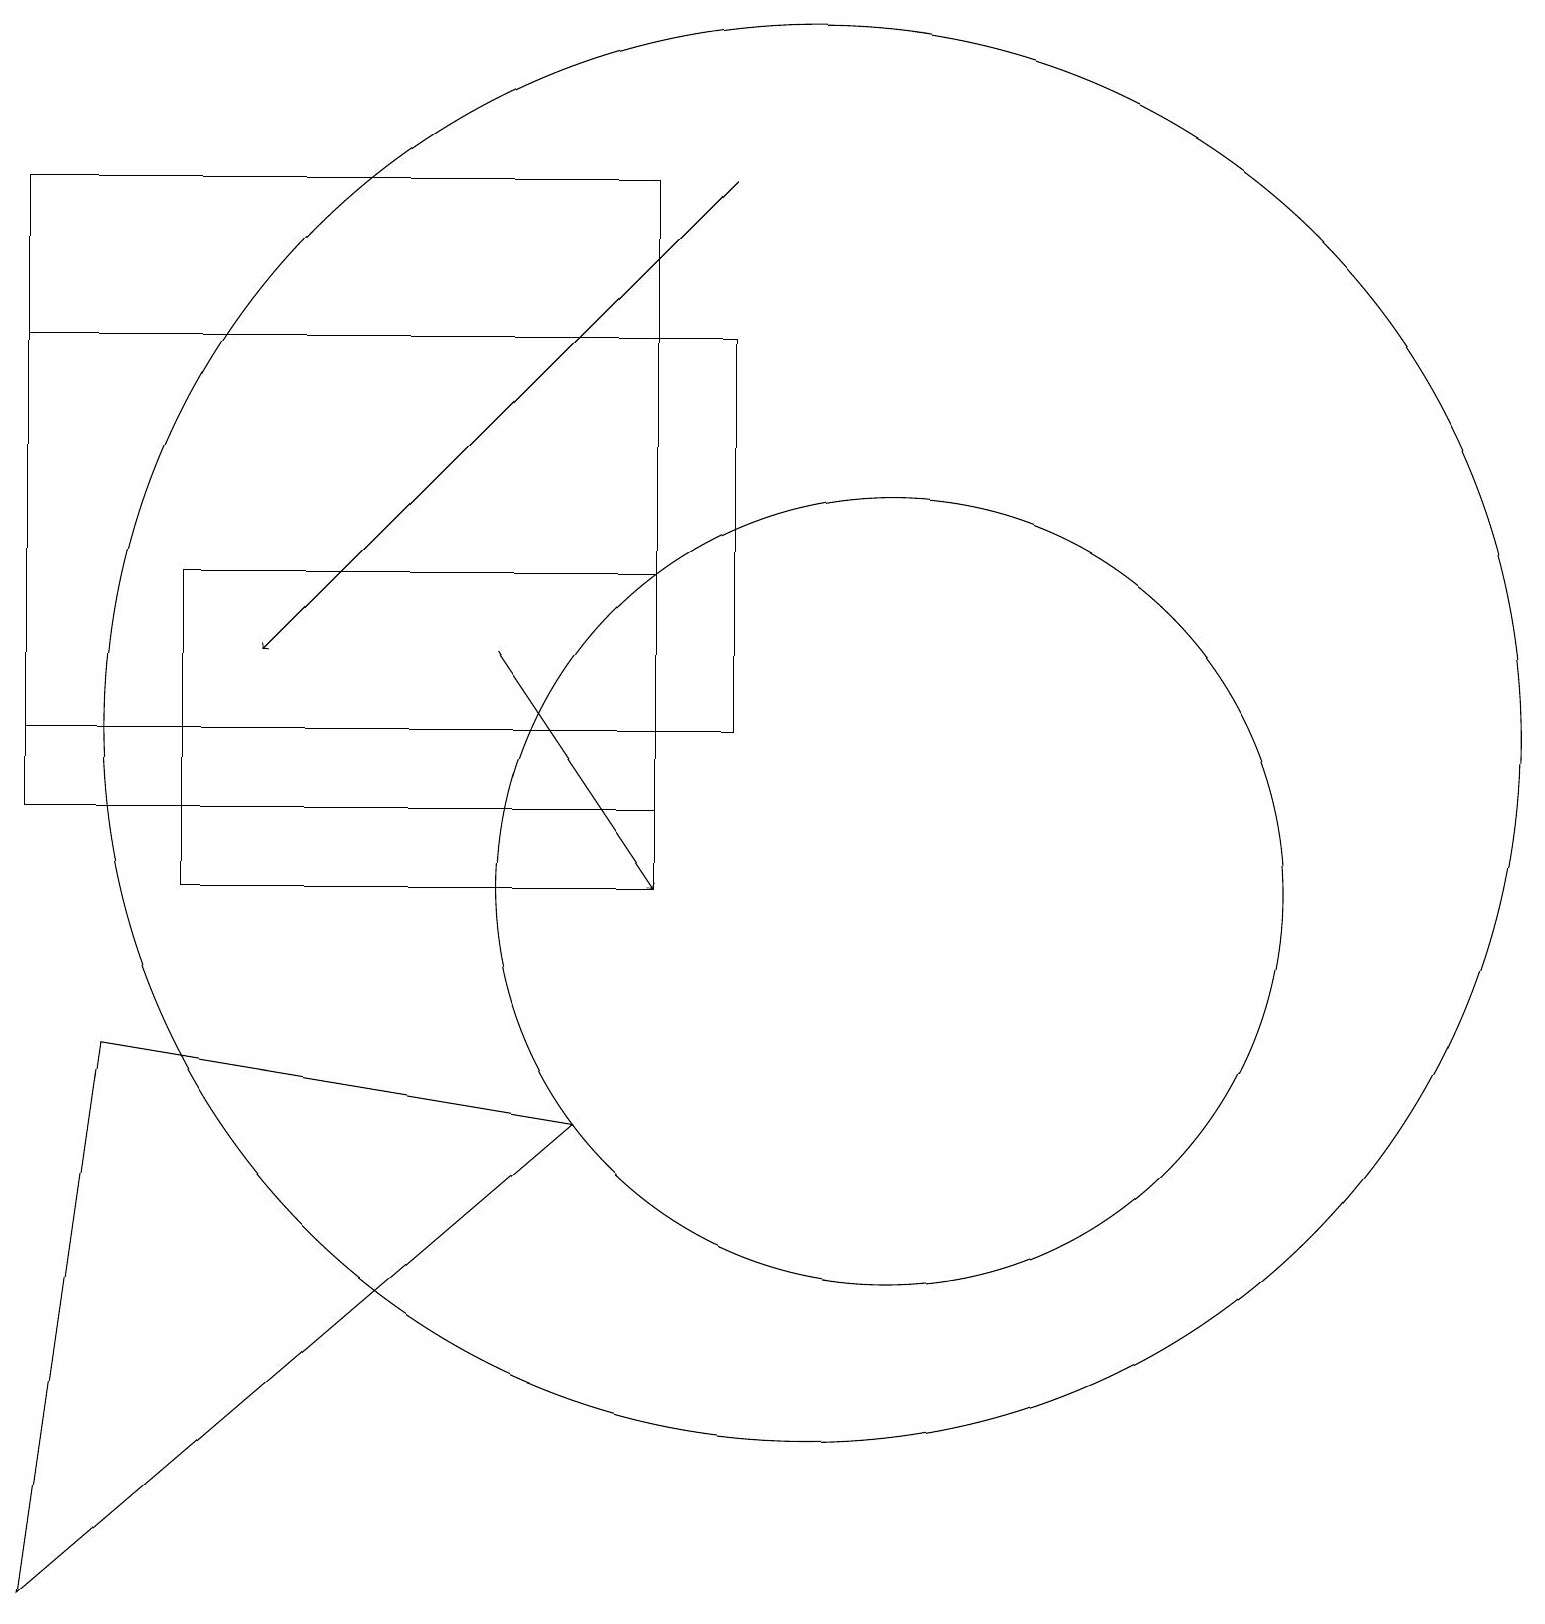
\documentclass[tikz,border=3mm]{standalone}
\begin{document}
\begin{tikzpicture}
\draw (0,1) -- (7,7) -- (1,8) -- cycle;
\draw (2,10) rectangle (8,14);
\draw (8,11) rectangle (0,19);
\draw (0,12) rectangle (9,17);
\draw[->] (9,19) -- (3,13);
\draw (10,12) circle (9);
\draw[->] (6,13) -- (8,10);
\draw (11,10) circle (5);
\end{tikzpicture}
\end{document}